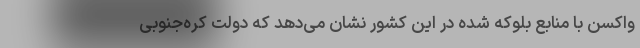
واکسن با منابع بلوکه شده در این کشور نشان می‌دهد که دولت کره‌جنوبی